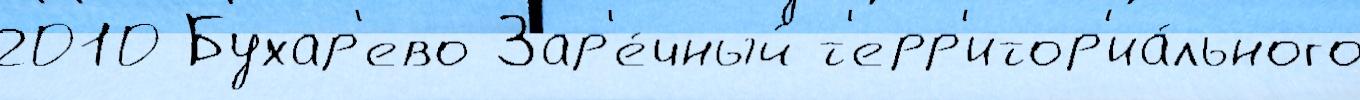
2010 Бухар'ево Зар'е́чный т'ерр'итор'иа́льного